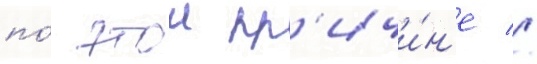
по́ этои пр'ичи́н'е //